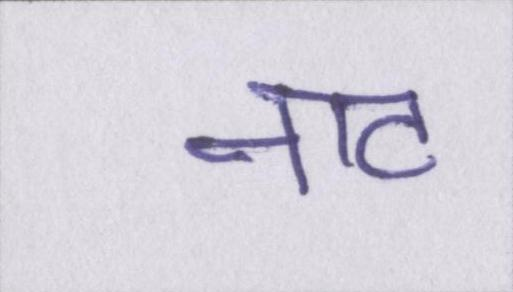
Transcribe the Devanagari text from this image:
नाट